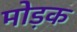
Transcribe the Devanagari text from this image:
मोड़क